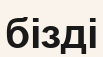
бізді